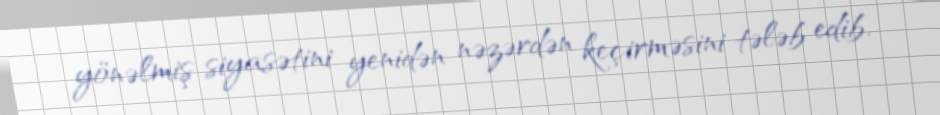
yönəlmiş siyasətini yenidən nəzərdən keçirməsini tələb edib.